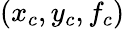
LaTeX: (x_{c},y_{c},f_{c})